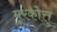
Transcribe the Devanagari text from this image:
मूरकोत्तु